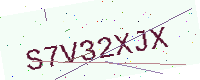
Text: S7V32XJX